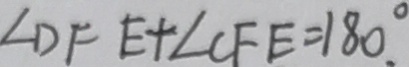
\angle D F E + \angle C F E = 1 8 0 ^ { \circ } .